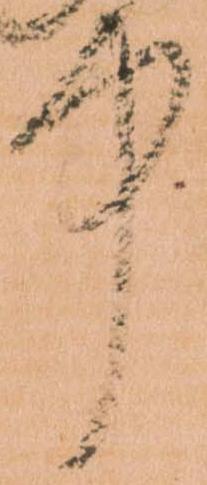
中